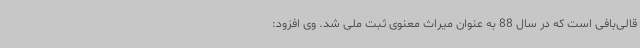
قالی‌بافی است که در سال 88 به عنوان میراث معنوی ثبت ملی شد. وی افزود: